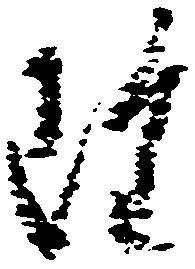
雖